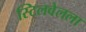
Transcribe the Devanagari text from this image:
स्टिलवेलला